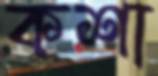
কশা